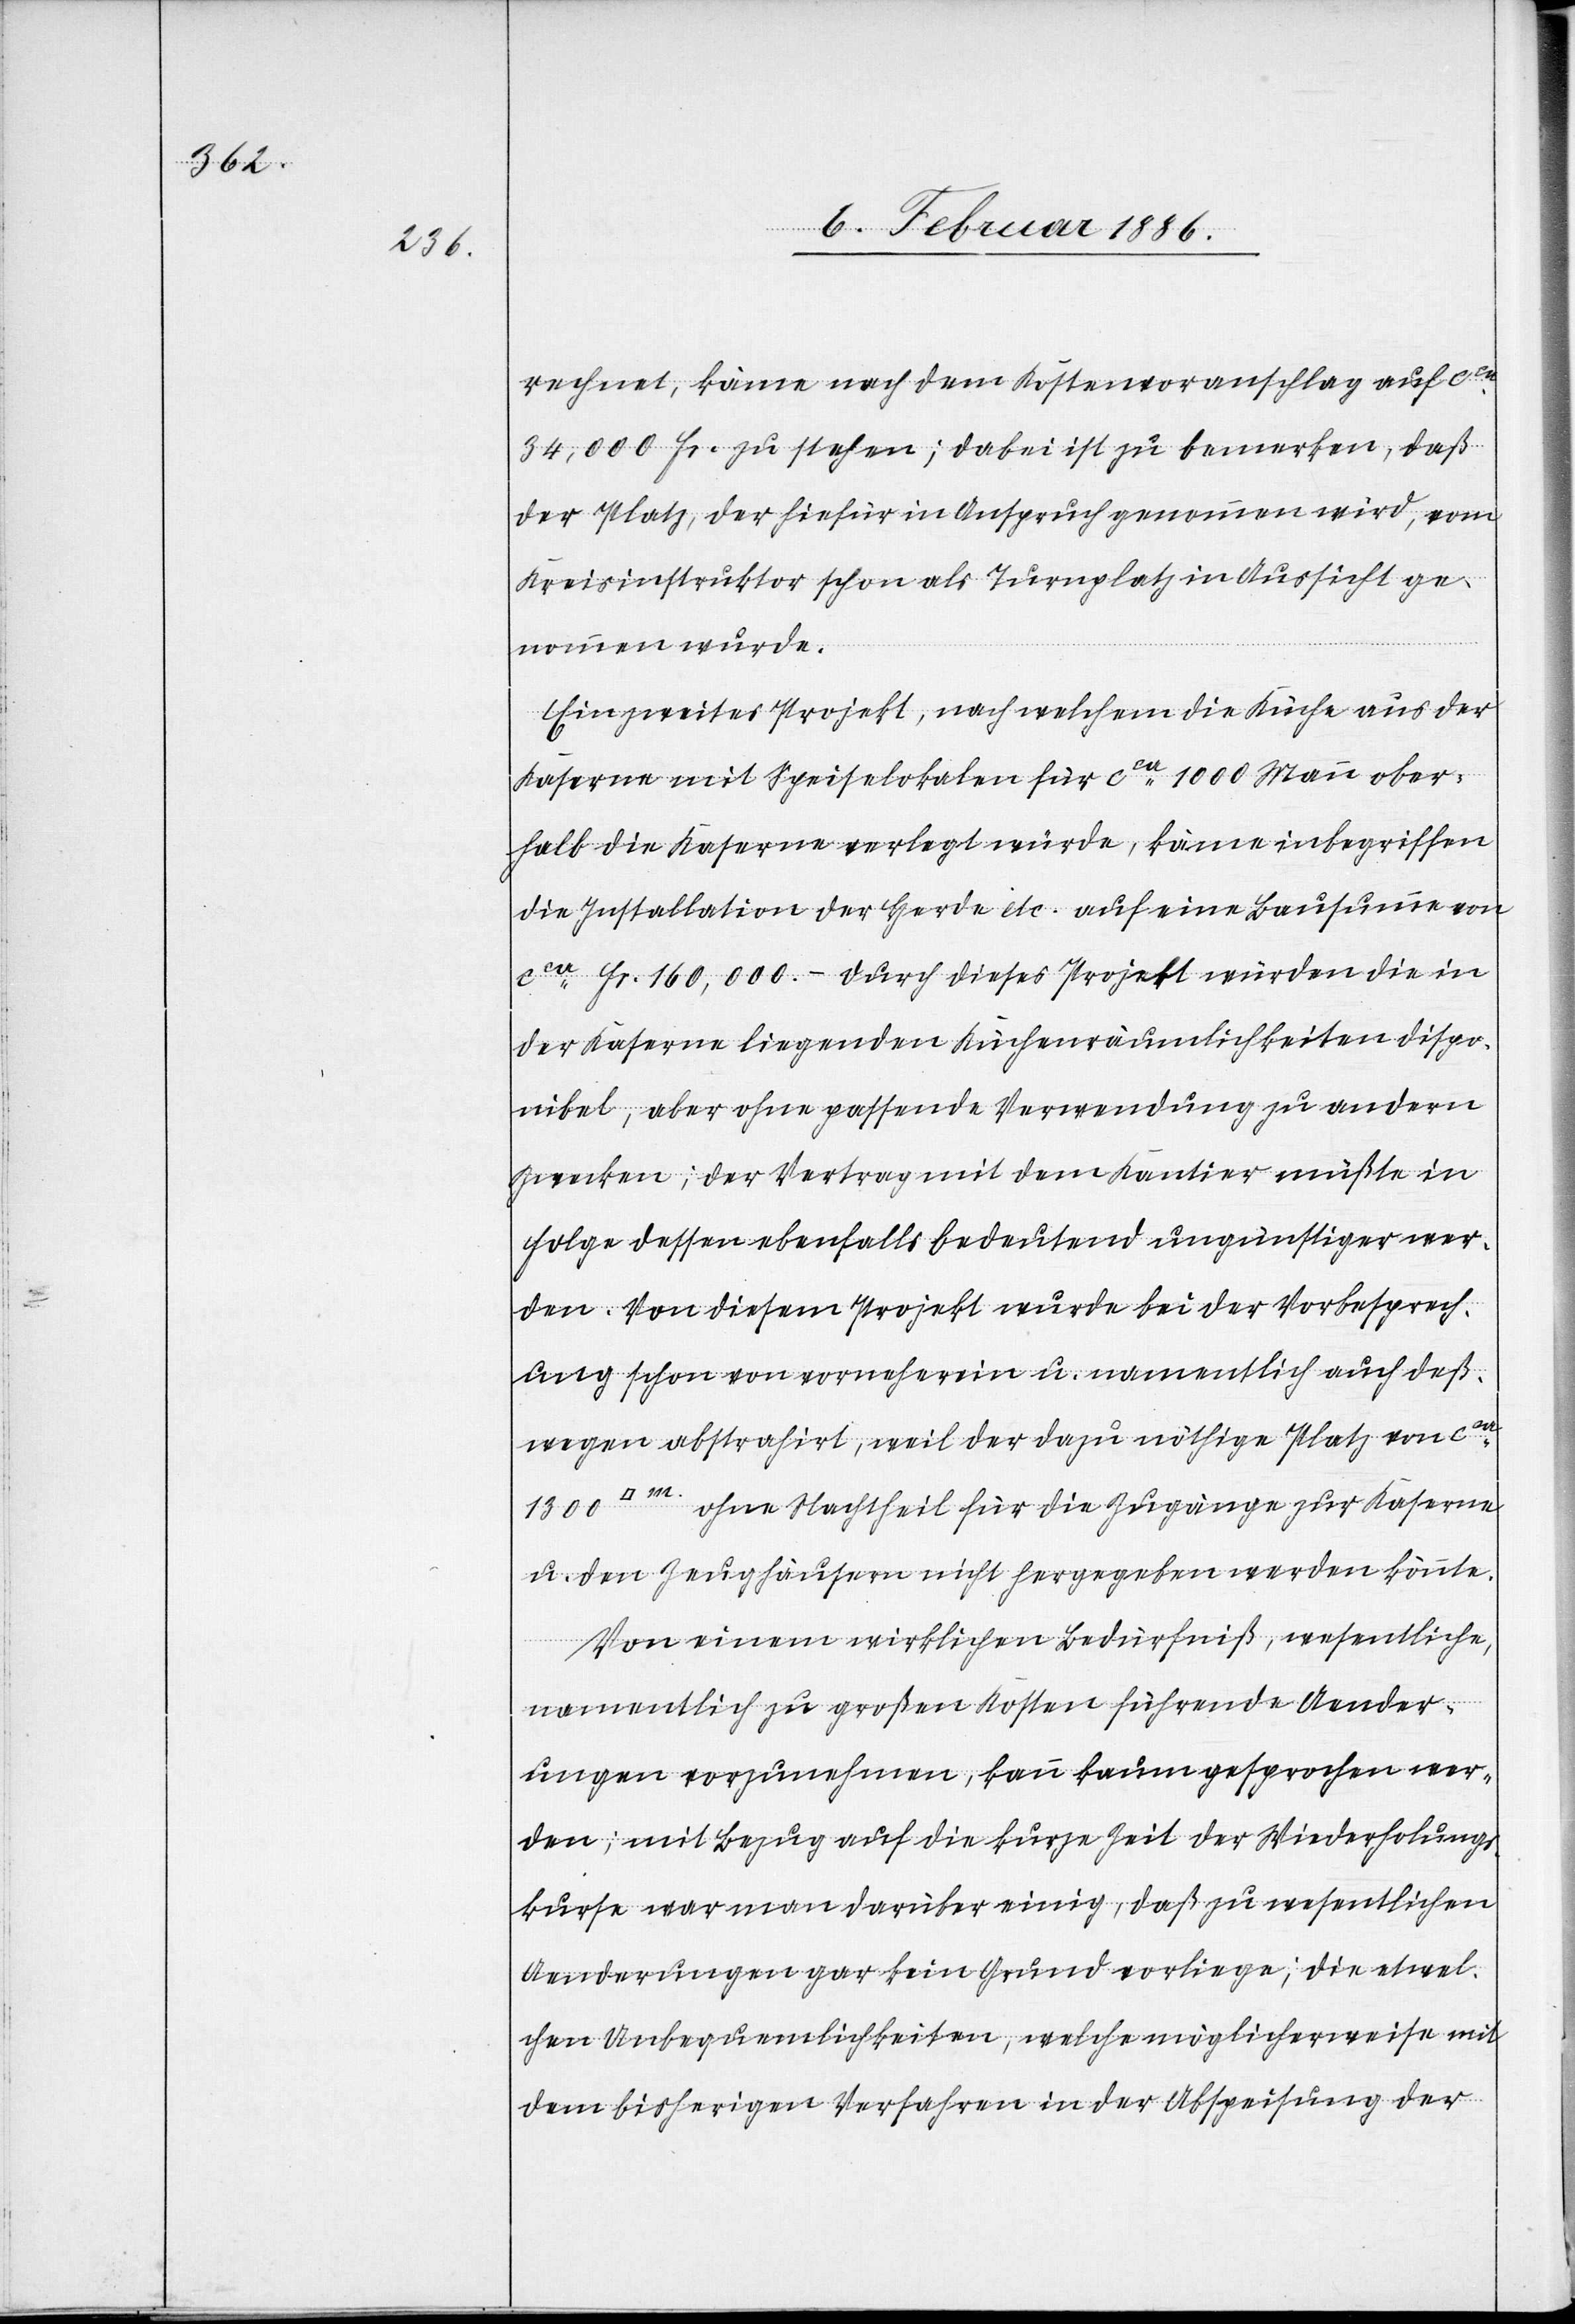
rechnet, käme nach dem Kostenvoranschlag auf cca
34,000 Fr. zu stehen; dabei ist zu bemerken, daß
der Platz, der hiefür in Anspruch genommen wird, vom
Kreisinstruktor schon als Turnplatz in Aussicht ge¬
nommen wurde.
Ein zweites Projekt, nach welchem die Küche aus der
Kaserne mit Speiselokalen für cca 1000 Mann ober¬
halb die Kaserne verlegt würde, käme inbegriffen
die Installationen der Herde etc. auf eine Bausumme von
cca Fr. 160,000.– Durch dieses Projekt würden die in
der Kaserne liegenden Kirchenräumlichkeiten dispo¬
nibel, aber ohne passende Verwendung zu andern
Zwecken; der Vertrag mit dem Kantier müßte in
Folge dessen ebenfalls bedeutend ungünstiger wer¬
den. Von diesem Projekt wurde bei der Vorbesprech¬
ung schon von vornherein u. namentlich auch deß¬
wegen abstrahirt, weil der dazu nöthige Platz von cca
1300 [Quadratmeter] ohne Nachtheil für die Zugänge zur Kaserne
u. den Zeughäusern nicht hergeben werden könnte.
Von einem wirklichen Bedürfniß, wesentliche,
namentlich zu großen Kosten führende Aender¬
ungen vorzunehmen, kann kaum gesprochen wer¬
den; mit Bezug auf die kurze Zeit der Wiederholungs¬
kurse war man darüber einig, daß zu wesentlichen
Aenderungen gar kein Grund vorliege; die etwel¬
chen Unbequemlichkeiten, welche möglicherweise mit
dem bisherigen Verfahren in der Abspeisung der